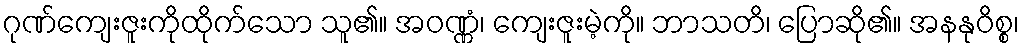
ဂုဏ်ကျေးဇူးကိုထိုက်သော သူ၏။ အဝဏ္ဏံ၊ ကျေးဇူးမဲ့ကို။ ဘာသတိ၊ ပြောဆို၏။ အနနုဝိစ္စ၊